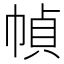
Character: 幀